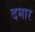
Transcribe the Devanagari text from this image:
दमार